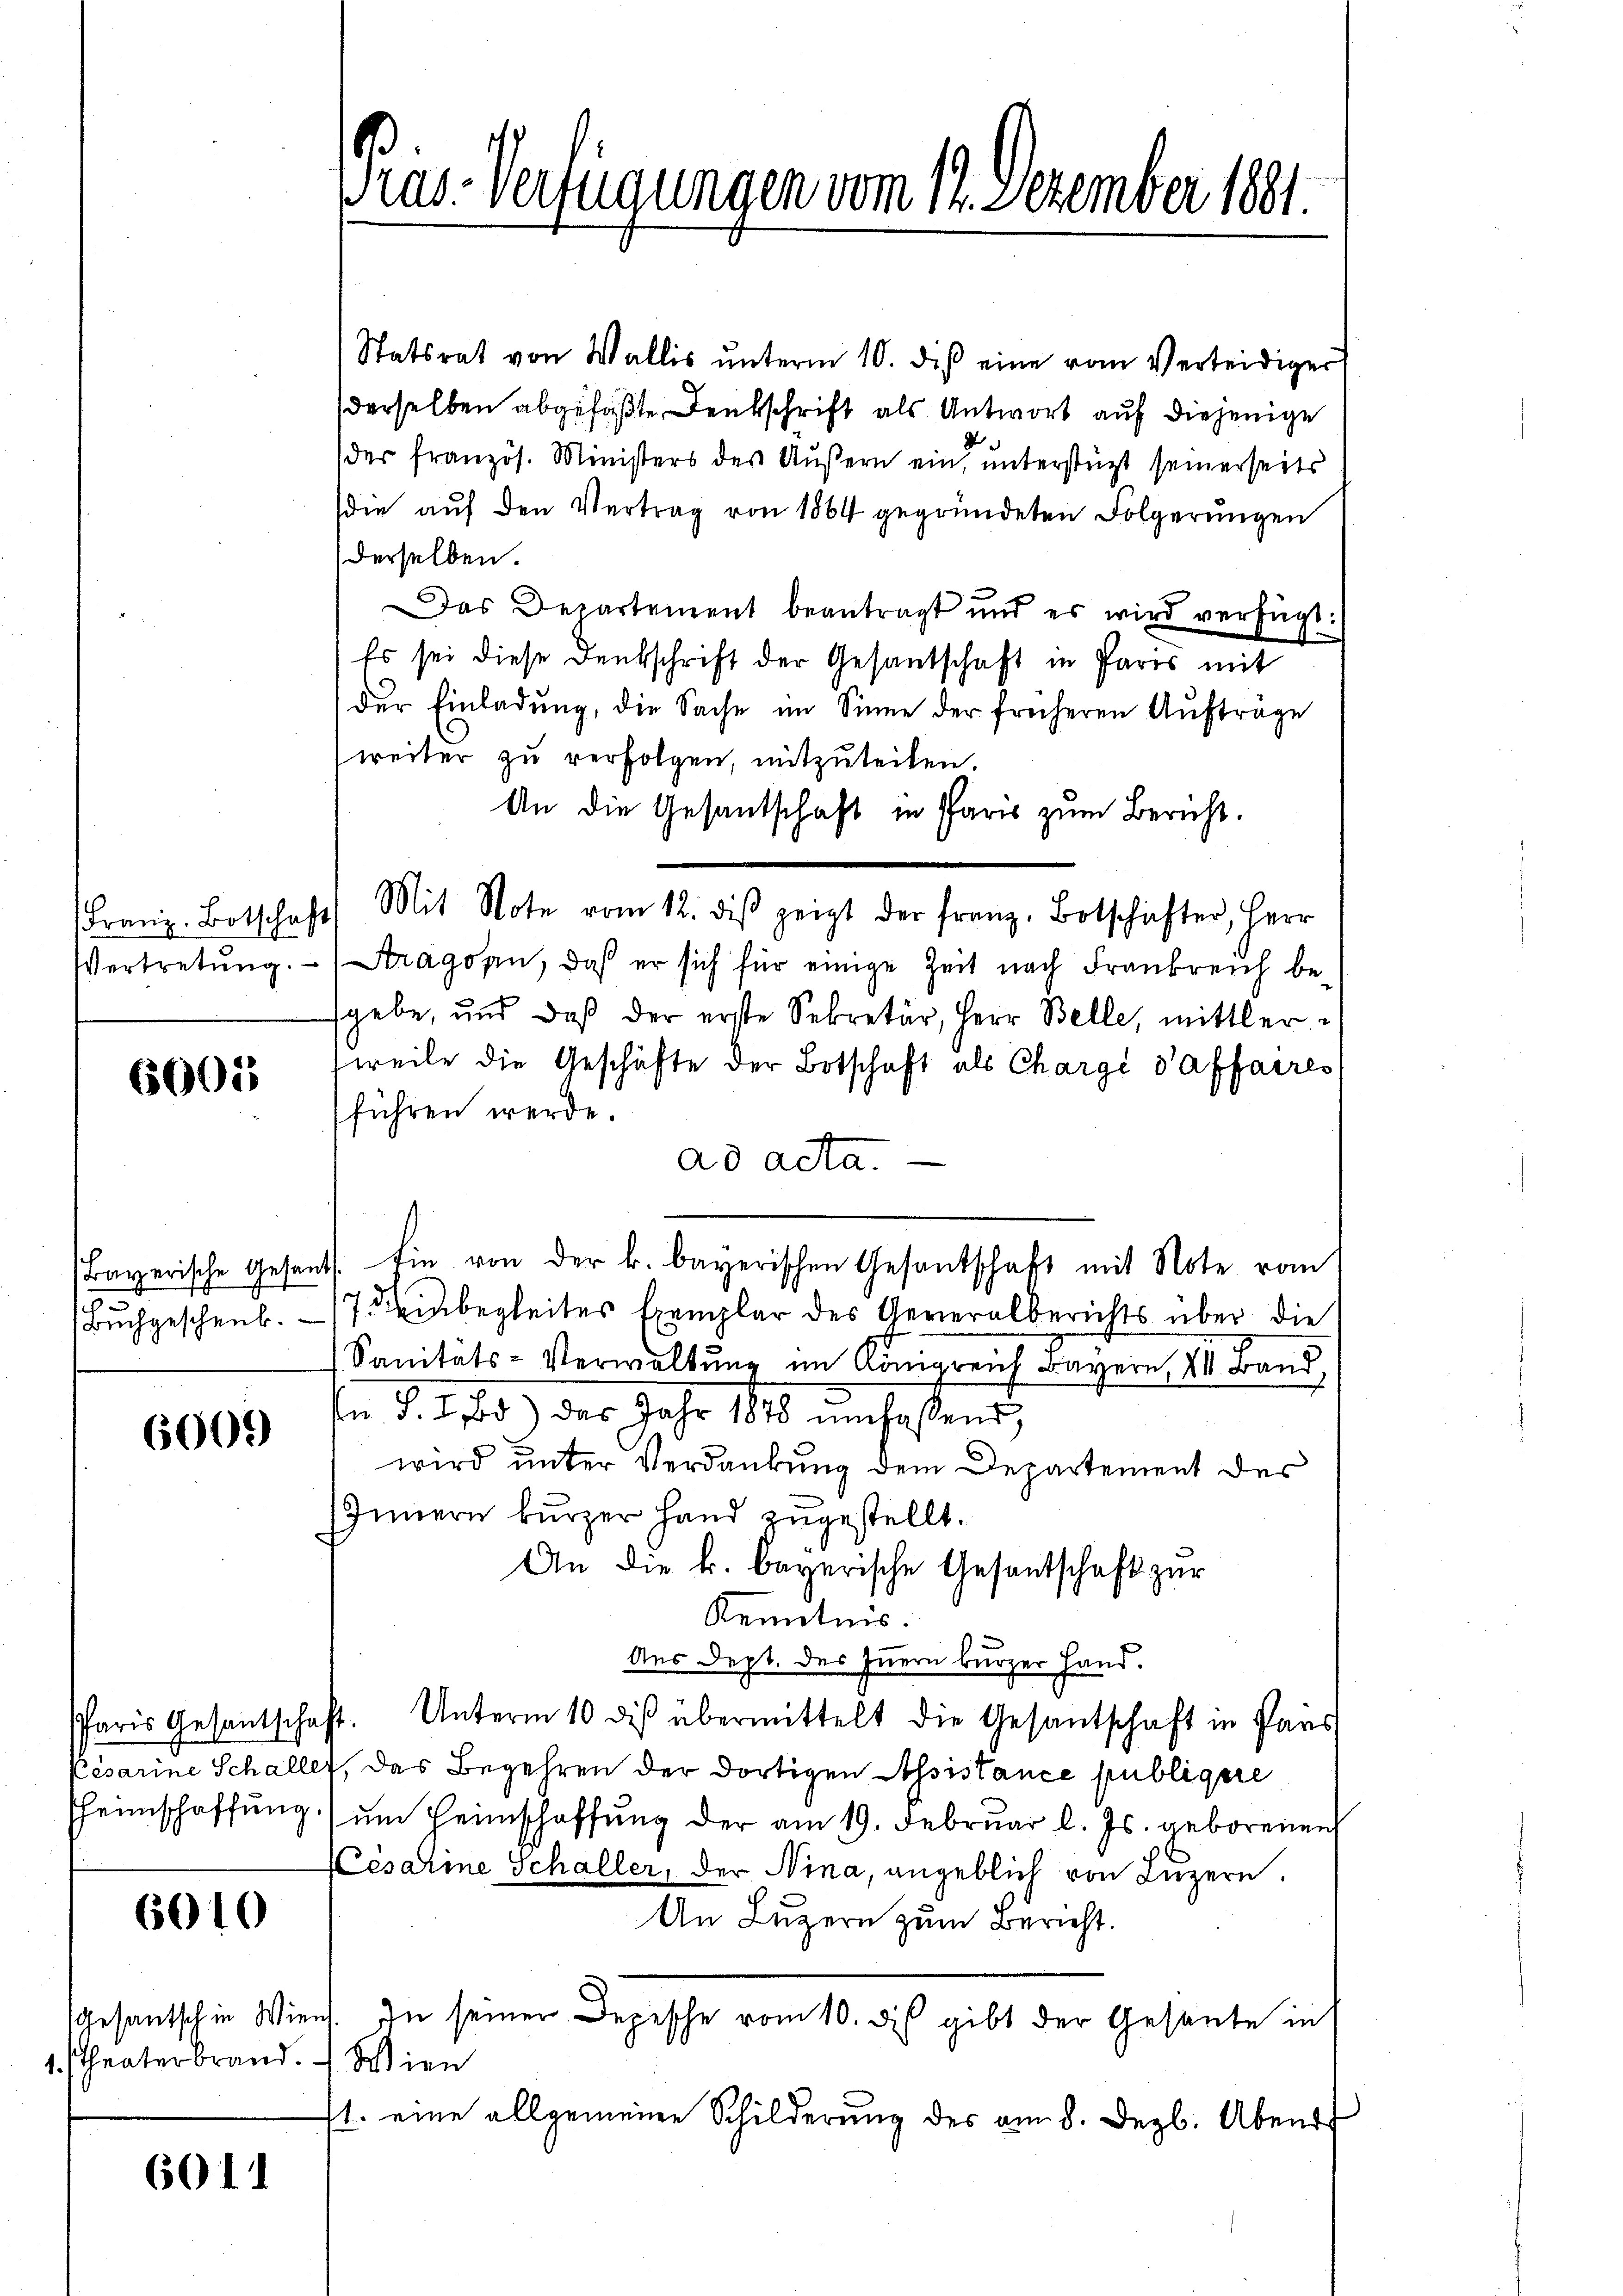
6000

.

6000

6010

Gesantsch in Wie
1. Theaterbrand.

6011

Statsrat von Wallis ŭnterm 10. diβ eine vom Verteidiger
derselben abgefaßte Denkschrift als Antwort auf diejenige
(der französ. Ministers des Aŭβern ein, unterstützt seinerseits
(die auf den Vertrag von 1864 gegründeten Folgerungen
derselben.
Das Departement beantragt und es wird verfügt:
Es sei diese Denkschrift der Gesantschaft in Paris mit
der Einladung, die Sache im Sinne der früheren Aufträge
weiter zu verfolgen, mitzuteilen.
An die Gesantschaft in Paris zum Bericht.
Franz-Botschaft Mit Note vom 12. dβ zeigt der franz, Botschafter, Herr
Vertretŭng. - Aragonen, daß er sich für einige Zeit nach Frankreich be-
sgebe, und daß der erste Sekretär, Herr Belle, mittlerweile die Geschäfte der Botschaft als Chargé d’affaires
führen werde.
ad acta.
Bayerische Gesants. Ein von der k. bayerischen Gesandschaft mit Note vom
Buchgeschenk. 17. Feinbegleites Exemplar des Generalberichts über die
Sanitäts-Verwaltung im Königreich Bayern III. Band,
In §. 1. 25) des Jahr 1848 umfassend,
wird unter Verdankung dem Departement des
Innern kurzer Hand zugestellt.
An die k. bayerische Gesantschaft zur
Kenntnis.
Aus Dept. des Innern kurzer Hand.
Paris Gesantschaft. Unterm 10 des übermittelt die Gesantschaft in Paus
Cesarine Schallet, das Begehren der dortigen Assistance publigere
heimschaffŭng ŭm Heimschaffŭng der am 19. Februar l. Js. geborenen
(Cesarme Schaller, der Nina, angeblich von Luzern.
An Luzern zum Bericht.
aus. In seiner Depesche vom 10. des gibt der Gesante in
 Wien
1. eine allgemeine Schilderung des am 8. Dezb. Abend

Pras-Verfügungen vom 12. Dezember 1891.